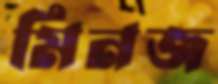
মিনজ